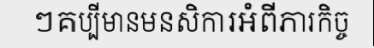
ៗគប្បីមានមនសិការអំពីភារកិច្ច